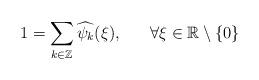
LaTeX: \begin{align*} 1=\sum_{k\in\mathbb{Z}}\widehat{\psi_{k}}(\xi), \,\,\,\,\,\,\,\,\,\, \forall\xi\in\mathbb{R}\setminus\{0\}\end{align*}